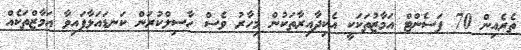
ތެރެއިން 70 ޕަސެންޓް އަމާޒުތަކަކީ އެކިދާއިރާތަކުން މިހާރު ވެސް ހާސިލްކުރަން ކަނޑައަޅާފައިވާ އަމާޒްތަކެއް